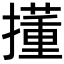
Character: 𫾍